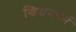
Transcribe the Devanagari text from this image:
ख्रिश्चनधर्म